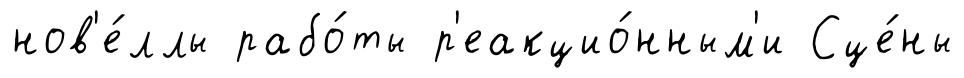
нов'е́ллы рабо́ты р'еакцио́нным'и Сце́ны